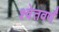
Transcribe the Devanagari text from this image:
श्वेतवर्णं